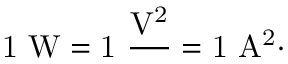
\mathrm { 1 ~ W = 1 ~ { \frac { V ^ { 2 } } { \Omega } } = 1 ~ A ^ { 2 } { \cdot } \Omega }